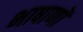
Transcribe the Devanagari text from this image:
भाषाणों